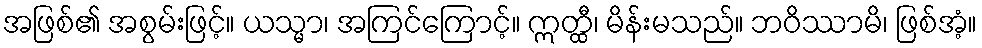
အဖြစ်၏ အစွမ်းဖြင့်။ ယသ္မာ၊ အကြင်ကြောင့်။ ဣတ္ထီ၊ မိန်းမသည်။ ဘဝိဿာမိ၊ ဖြစ်အံ့။